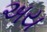
અય